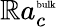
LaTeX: \mathbb{R}a_{c}^{\mathrm{{\tiny{bulk}}}}